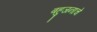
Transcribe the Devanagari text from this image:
बहुजनाचे